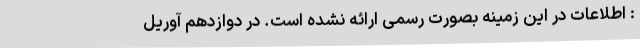
: اطلاعات در این زمینه بصورت رسمی ارائه نشده است. در دوازدهم آوریل